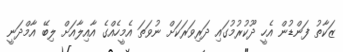
ޒަކާތު ފަންޑުން އެހީ ދޫކުރުމުގައި ދަރިވަރަކަށް ނުވަތަ އެމީހެއްގެ އާއިލާއަށް ލިބޭ އާމްދަނީ